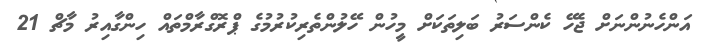
އަންހެނުންނަށް ޖެހޭ ކެންސަރު ބަލިތަކަށް މީހުން ހޭލުންތެރިކުރުމުގެ ޕްރޮގްރާމްތައް ހިންގާއިރު މާޗް 21